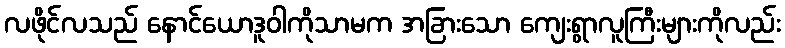
လဖိုင်လသည် နောင်ယောဒူဝါကိုသာမက အခြားသော ကျေးရွာလူကြီးများကိုလည်း